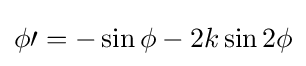
\phi \prime =-\sin \phi -2k\sin 2\phi